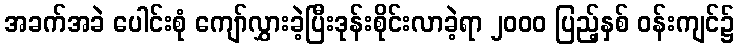
အခက်အခဲ ပေါင်းစုံ ကျော်လွှားခဲ့ပြီးဒုန်းစိုင်းလာခဲ့ရာ ၂၀၀၀ ပြည့်နှစ် ဝန်းကျင်၌